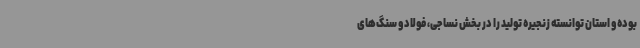
بوده و استان توانسته زنجیره تولید را در بخش نساجی، فولاد و سنگ‌های